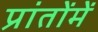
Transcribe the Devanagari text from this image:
प्रांतोंमें